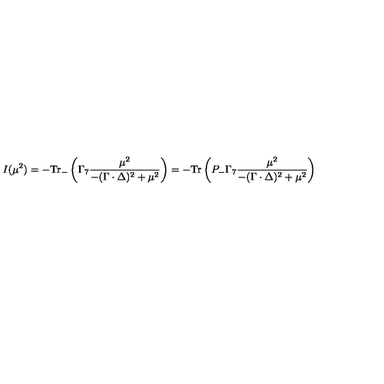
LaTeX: I ( \mu ^ { 2 } ) = - \mathrm { T r } _ { - } \left( \Gamma _ { 7 } \frac { \mu ^ { 2 } } { - ( \Gamma \cdot \Delta ) ^ { 2 } + \mu ^ { 2 } } \right) = - \mathrm { T r } \left( P _ { - } \Gamma _ { 7 } \frac { \mu ^ { 2 } } { - ( \Gamma \cdot \Delta ) ^ { 2 } + \mu ^ { 2 } } \right)